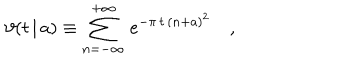
LaTeX: \vartheta ( t \, | \, a ) \equiv \sum _ { n = - \infty } ^ { + \infty } \, e ^ { - \pi \, t \, ( n + a ) ^ { 2 } } \quad ,